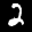
Label: 2